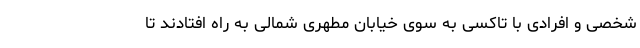
شخصی و افرادی با تاکسی به سوی خیابان مطهری شمالی به راه افتادند تا